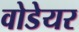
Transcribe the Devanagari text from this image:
वोडेयर